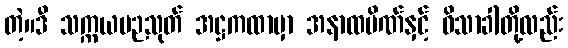
တဲ့။ဒီ သက္ကယပဉသုတ် အဋ္ဌကထာမှာ အနာထပိဏ်နှင့် ဝိသာခါတို့လည်း